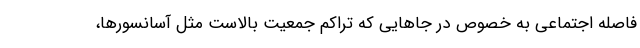
فاصله اجتماعی به خصوص در جاهایی که تراکم جمعیت بالاست مثل آسانسورها،